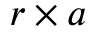
r \times a